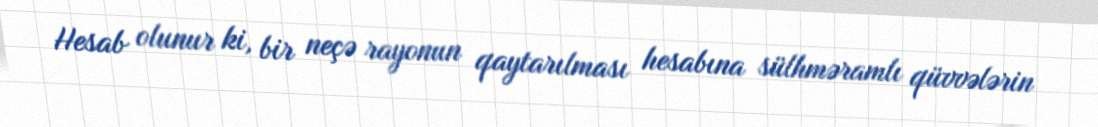
Hesab olunur ki, bir neçə rayonun qaytarılması hesabına sülhməramlı qüvvələrin